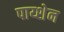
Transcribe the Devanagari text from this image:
पाय्शेन